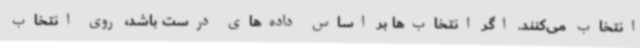
انتخاب می‌کنند. اگر انتخاب‌ها بر اساس داده‌های درست باشد، روی انتخاب